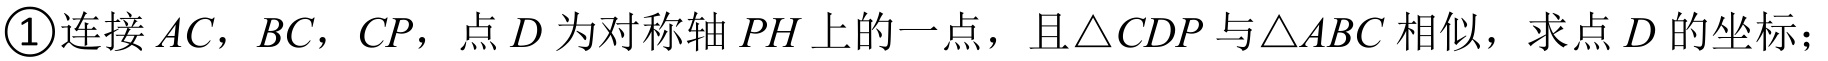
\textcircled{1}连接\(AC\)，\(BC\)，\(CP\)，点\(D\)为对称轴\(PH\)上的一点，且\(\triangle CDP\)与\(\triangle ABC\)相似，求点\(D\)的坐标；